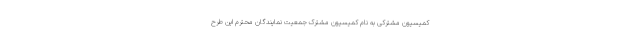
کمیسیون مشترکی به نام کمیسیون مشترک جمعیت نمایندگان محترم این طرح